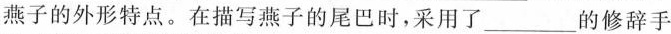
燕子的外形特点。在描写燕子的尾巴时，采用了___的修辞手